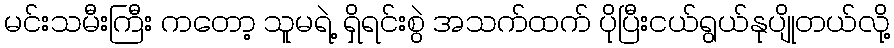
မင်းသမီးကြီး ကတော့ သူမရဲ့ ရှိရင်းစွဲ အသက်ထက် ပိုပြီးငယ်ရွယ်နုပျိုတယ်လို့